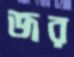
জর